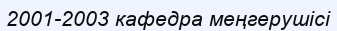
2001-2003 кафедра меңгерушісі